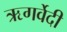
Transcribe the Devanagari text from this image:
ऋगर्वेदी